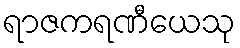
ရာဇကရဏီယေသု